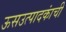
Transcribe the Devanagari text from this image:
ऊसउत्पादकांची